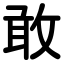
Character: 敢